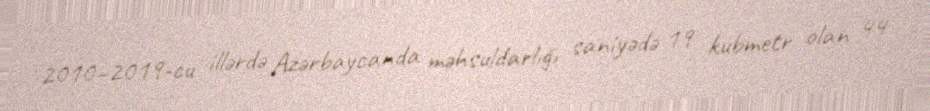
2010–2019-cu illərdə Azərbaycanda məhsuldarlığı saniyədə 19 kubmetr olan 44